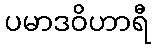
ပမာဒဝိဟာရီ